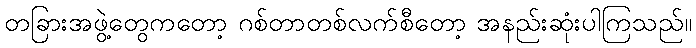
တခြားအဖွဲ့တွေကတော့ ဂစ်တာတစ်လက်စီတော့ အနည်းဆုံးပါကြသည်။